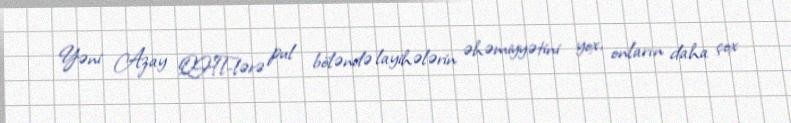
Yəni Azay QHT-lərə pul böləndə layihələrin əhəmiyyətini yox, onların daha çox